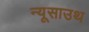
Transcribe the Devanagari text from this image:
न्यूसाउथ